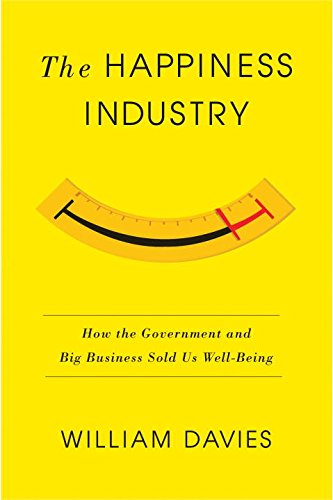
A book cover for The Happiness Industry: How the Government and Big Business Sold us Well-Being; William Davies; Business & Money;